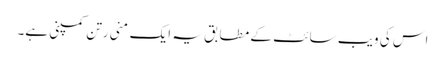
اس کی ویب سائٹ کے مطابق یہ ایک مِنی رتن کمپنی ہے۔